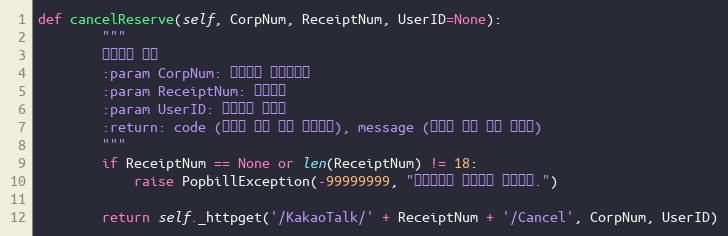
Language: Python
def cancelReserve(self, CorpNum, ReceiptNum, UserID=None):
        """
        예약전송 취소
        :param CorpNum: 팝빌회원 사업자번호
        :param ReceiptNum: 접수번호
        :param UserID: 팝빌회원 아이디
        :return: code (요청에 대한 상태 응답코드), message (요청에 대한 응답 메시지)
        """
        if ReceiptNum == None or len(ReceiptNum) != 18:
            raise PopbillException(-99999999, "접수번호가 올바르지 않습니다.")

        return self._httpget('/KakaoTalk/' + ReceiptNum + '/Cancel', CorpNum, UserID)